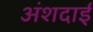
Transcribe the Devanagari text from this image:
अंशदाई